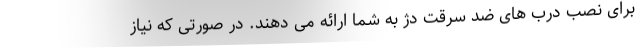
برای نصب درب های ضد سرقت دژ به شما ارائه می دهند. در صورتی که نیاز